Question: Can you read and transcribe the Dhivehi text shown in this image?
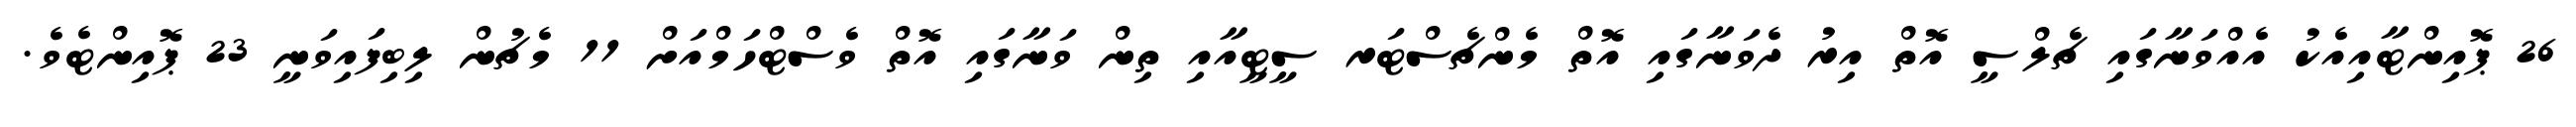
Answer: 26 ޕޮއިންޓާއިއެކު އެއްވަނާގައި ޗެލްސީ އޮތް އިރު ދެވަނާގައި އޮތް މެންޗެސްޓަރ ސީޓީއާއި ތިން ވަނާގައި އޮތް ވެސްޓްހަމްއަށް 11 މެޗުން ލިބިފައިވަނީ 23 ޕޮއިންޓެވެ.